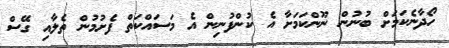
ހޯދާނެކަމަށް ބުނުން ނޫންކަމަށާ އެ ކުންފުނިން އެ މަސައްކަތް ފެށުމުން ތެލާއި ގޭސް